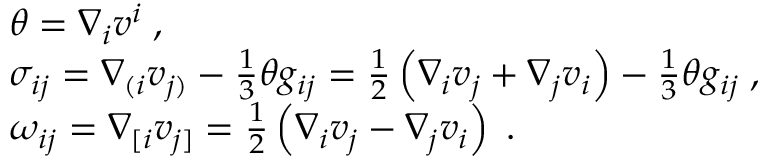
\begin{array} { r l } & { \theta = \nabla _ { i } v ^ { i } \; , } \\ & { \sigma _ { i j } = \nabla _ { ( i } v _ { j ) } - \frac { 1 } { 3 } \theta g _ { i j } = \frac { 1 } { 2 } \left( \nabla _ { i } v _ { j } + \nabla _ { j } v _ { i } \right) - \frac { 1 } { 3 } \theta g _ { i j } \; , } \\ & { \omega _ { i j } = \nabla _ { [ i } v _ { j ] } = \frac { 1 } { 2 } \left( \nabla _ { i } v _ { j } - \nabla _ { j } v _ { i } \right) \; . } \end{array}